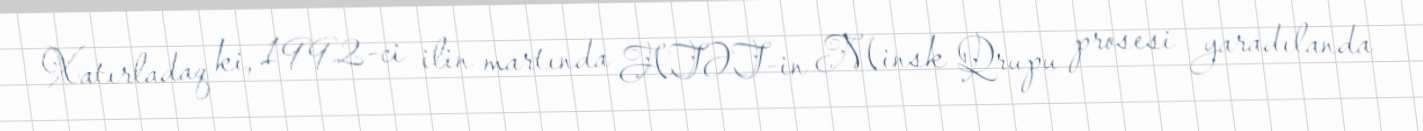
Xatırladaq ki, 1992-ci ilin martında ATƏT-in Minsk Qrupu prosesi yaradılanda